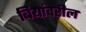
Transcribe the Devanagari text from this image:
बियांवरील